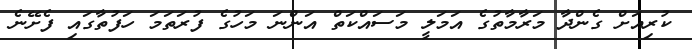
ކުރިއަށް ގެންދާ މަރާމާތުގެ އަމަލީ މަސައްކަތް އަންނަ މަހުގެ ފުރަތަމަ ހަފުތާގައި ފެށޭނެ